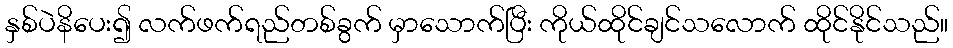
နှစ်ပဲနိပေး၍ လက်ဖက်ရည်တစ်ခွက် မှာသောက်ပြီး ကိုယ်ထိုင်ချင်သလောက် ထိုင်နိုင်သည်။